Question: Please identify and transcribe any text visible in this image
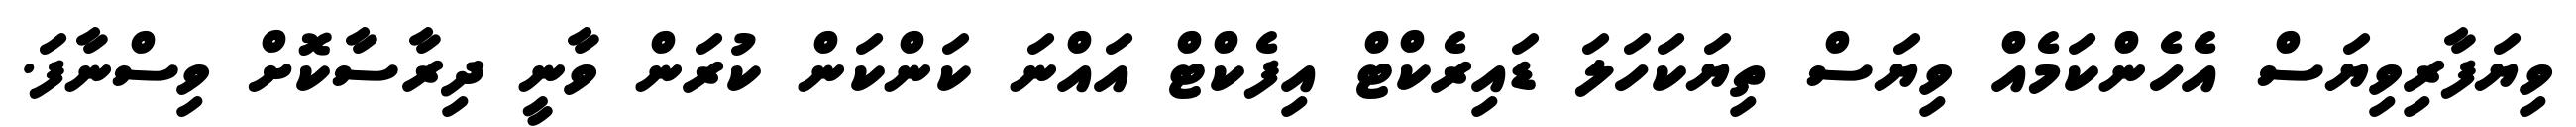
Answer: ވިޔަފާރިވިޔަސް އެހެންކަމެއް ވިޔަސް ތިޔަކަހަލަ ޑައިރެކްޓް އިފެކްޓް އައްނަ ކަންކަން ކުރަން ވާނީ ދިރާސާކޮށް ވިސްނާފަ.